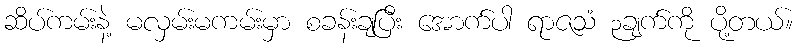
ဆိပ်ကမ်းနဲ့ မလှမ်းမကမ်းမှာ စခန်းချပြီး အောက်ပါ ရာဇသံ ၃ချက်ကို ပို့တယ်။